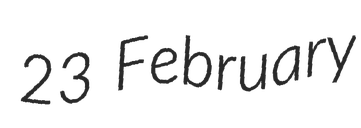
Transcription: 23 February